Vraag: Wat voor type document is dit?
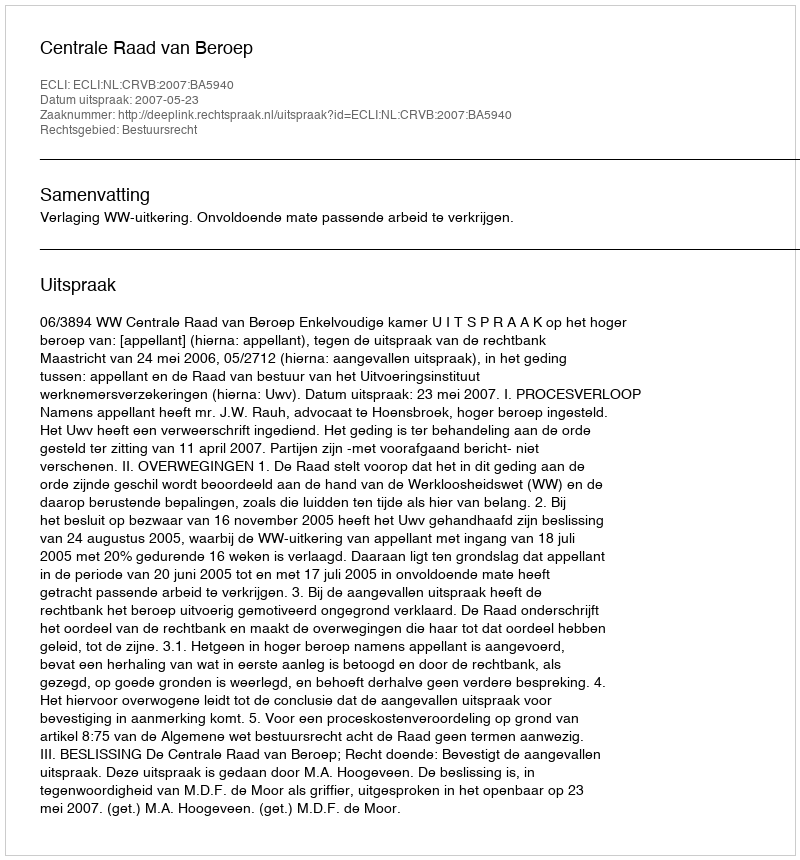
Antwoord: Uitspraak